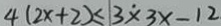
4 ( 2 x + 2 ) \leq 3 \times 3 x - 1 2